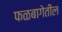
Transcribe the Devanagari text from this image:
फळबागेतील